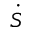
\dot { S }